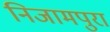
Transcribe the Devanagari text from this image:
निजामपुरा